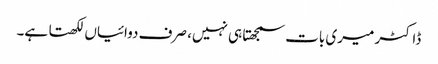
ڈاکٹر میری بات سمجھتا ہی نہیں، صرف دوائیاں لکھتا ہے۔